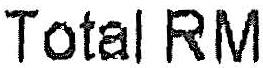
TOTAL RM